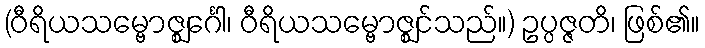
(ဝီရိယသမ္ဗောဇ္ဈင်္ဂေါ၊ ဝီရိယသမ္ဗောဇ္ဈင်သည်။) ဥပ္ပဇ္ဇတိ၊ ဖြစ်၏။